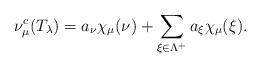
LaTeX: \begin{align*}\nu_\mu^c(T_\lambda)=a_\nu \chi_\mu(\nu) + \sum_{\xi\in \Lambda^+}{a_\xi \chi_\mu(\xi)}.\end{align*}